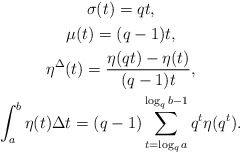
\begin{align*}\begin{gathered}\sigma(t)=qt,\\\mu(t)=(q-1)t,\\\eta^\Delta(t)=\frac{\eta(qt)-\eta(t)}{(q-1)t},\\\int_{a}^{b}\eta(t)\Delta t=(q-1)\sum_{t=\log_{q}{a}}^{\log_{q}{b}-1}q^t \eta(q^t).\end{gathered}\end{align*}